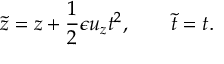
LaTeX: { \tilde { z } } = z + \frac { 1 } { 2 } \epsilon u _ { z } t ^ { 2 } , \qquad { \tilde { t } } = t .